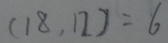
( 1 8 . 1 2 ) = 6